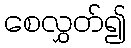
စေလွှတ်၍